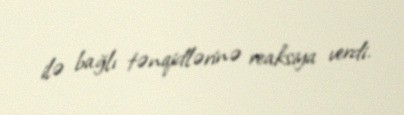
ilə bağlı tənqidlərinə reaksiya verdi.